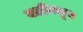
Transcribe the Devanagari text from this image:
बलीकडून